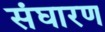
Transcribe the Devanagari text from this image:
संघारण